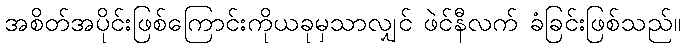
အစိတ်အပိုင်းဖြစ်ကြောင်းကိုယခုမှသာလျှင် ဖဲင်နီလက် ခံခြင်းဖြစ်သည်။